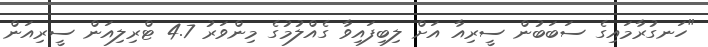
"ހަނގުރާމައިގެ ސަބަބުން ސީރިއާ އަށް ލިބިފައިވާ ގެއްލުމުގެ މިންވަރު 4.7 ޓްރިލިއަން ސީރިއަން